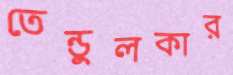
তেন্ডুলকার